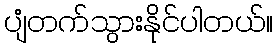
ပျံတက်သွားနိုင်ပါတယ်။